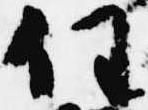
任